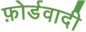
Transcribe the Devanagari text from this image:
फ़ोर्डवादी